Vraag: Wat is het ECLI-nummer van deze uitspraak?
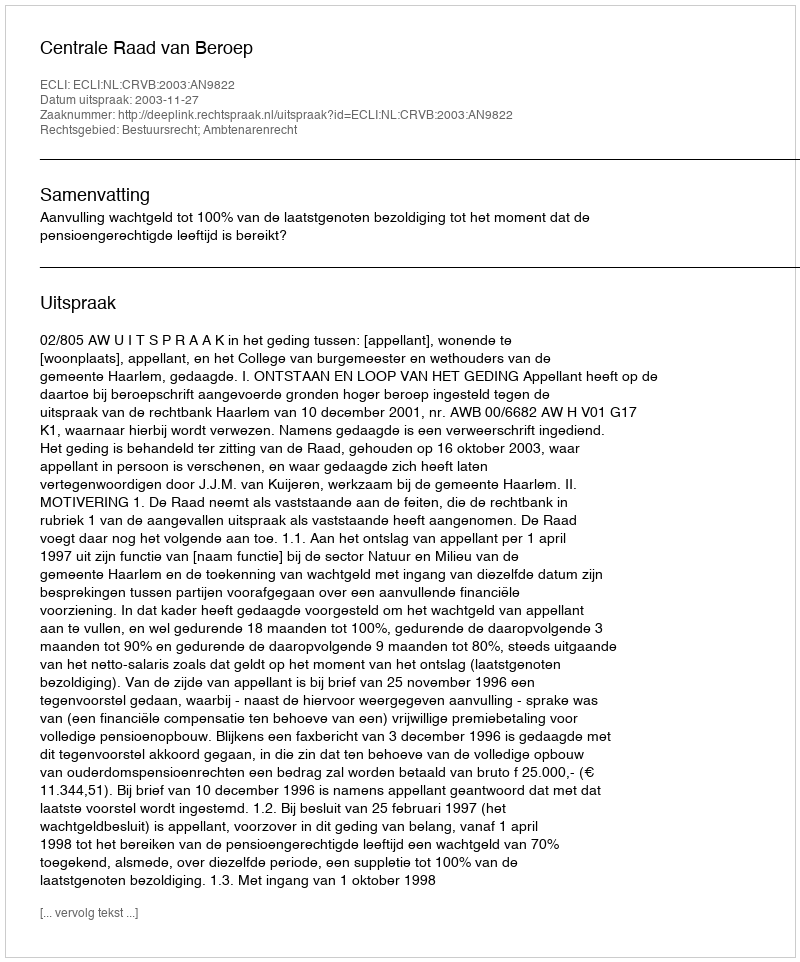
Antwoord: ECLI:NL:CRVB:2003:AN9822